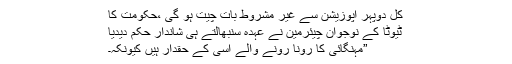
کل دوپہر اپوزیشن سے غیر مشروط بات چیت ہو گی ،حکومت کا
ٹیوٹا کے نوجوان چیئرمین نے عہدہ سنبھالتے ہی شاندار حکم دیدیا
”مہنگائی کا رونا رونے والے اسی کے حقدار ہیں کیونکہ۔